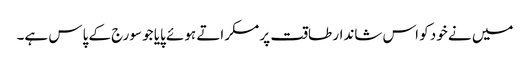
میں نے خود کو اس شاندار طاقت پر مسکراتے ہوئے پایا جو سورج کے پاس ہے۔